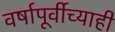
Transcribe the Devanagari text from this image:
वर्षापूर्वीच्याही